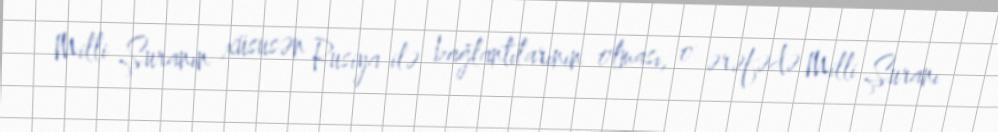
Milli Şuranın xüsusən Rusiya ilə bağlantılarının olması, o ərəfədə Milli Şuranı